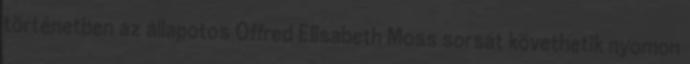
történetben az állapotos Offred Elisabeth Moss sorsát követhetik nyomon